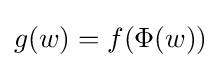
g(w)=f(\Phi (w))